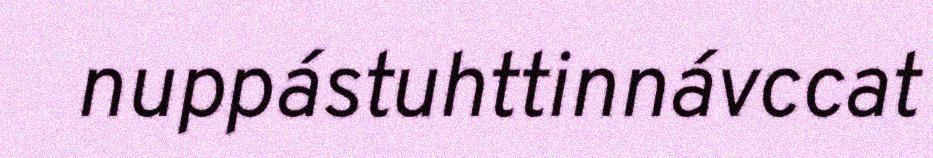
nuppástuhttinnávccat